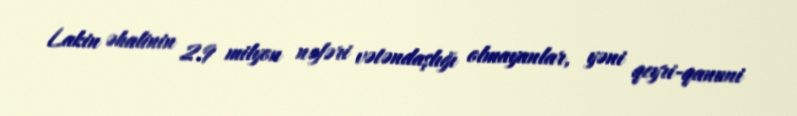
Lakin əhalinin 2.9 milyon nəfəri vətəndaşlığı olmayanlar, yəni qeyri-qanuni